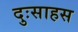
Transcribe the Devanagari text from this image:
दुःसाहस